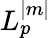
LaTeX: L_{p}^{|m|}